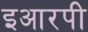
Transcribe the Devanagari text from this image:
इआरपी